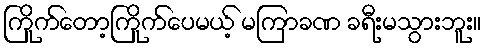
ကြိုက်တော့ကြိုက်ပေမယ့် မကြာခဏ ခရီးမသွားဘူး။